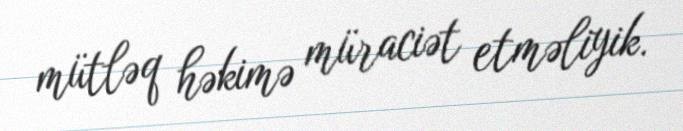
mütləq həkimə müraciət etməliyik.